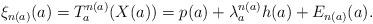
LaTeX: \begin{align*} \xi_{n(a)} (a) = T_a^{n (a)} (X(a)) = p(a) + \lambda_a^{n (a)} h(a) + E_{n(a)} (a). \end{align*}